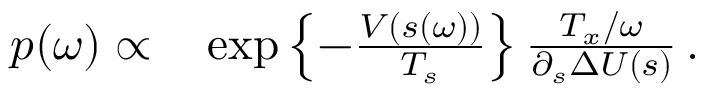
\begin{array} { r l } { p ( \omega ) \propto } & { { } \exp \left\{ - \frac { V ( s ( \omega ) ) } { T _ { s } } \right\} \frac { T _ { x } / \omega } { \partial _ { s } \Delta U ( s ) } \, . } \end{array}